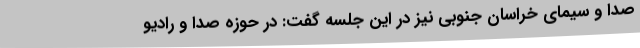
صدا و سیمای خراسان جنوبی نیز در این جلسه گفت: در حوزه صدا و رادیو